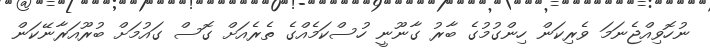
ނުހޮވިއްޖެނަމަ ވެރިކަން ހިންގުމުގެ ބާރު ގާނޫނީ ހުސްކަމެއްގެ ތެރެއަށް ގޮސް ގައުމަށް ބުރޫއަރާނޭކަން